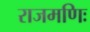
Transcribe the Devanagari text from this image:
राजमणिः